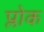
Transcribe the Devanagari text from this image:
प्लोक